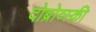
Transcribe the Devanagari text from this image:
दोब्रोव्स्की